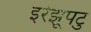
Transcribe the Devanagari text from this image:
इरेझूपटु